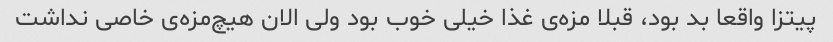
پیتزا واقعا بد بود، قبلا مزه‌ی غذا خیلی خوب بود ولی الان هیچ‌مزه‌ی خاصی نداشت